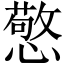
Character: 憼